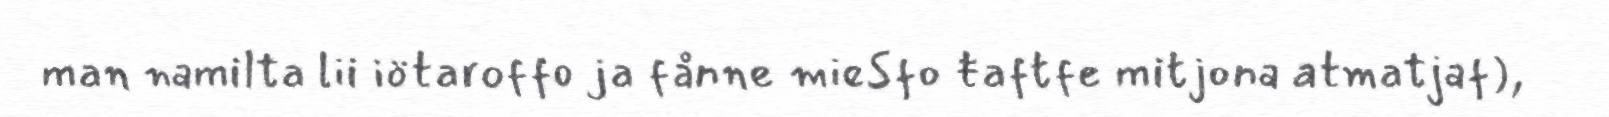
man namilta lii iötaroffo ja fånne mieSfo ŧaftfe mitjona atmatjaf),